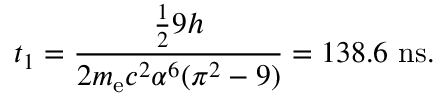
t _ { 1 } = { \frac { { \frac { 1 } { 2 } } 9 h } { 2 m _ { \mathrm { e } } c ^ { 2 } \alpha ^ { 6 } ( \pi ^ { 2 } - 9 ) } } = 1 3 8 . 6 ~ \mathrm { n s } .